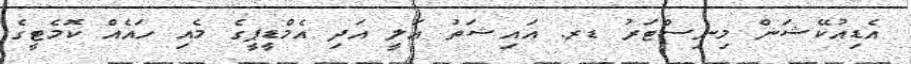
އެޑިއުކޭޝަން މިނިސްޓަރު ޑރ. އައިޝަތު އަލީ އަދި އެމްޑީޕީގެ މެއި ހައެއް ކޮމެޓީގެ